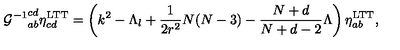
{ { \cal G } ^ { - 1 } } _ { a b } ^ { c d } \eta _ { c d } ^ { \mathrm { L T T } } = \left( k ^ { 2 } - \Lambda _ { l } + \frac { 1 } { 2 r ^ { 2 } } N ( N - 3 ) - \frac { N + d } { N + d - 2 } \Lambda \right) \eta _ { a b } ^ { \mathrm { L T T } } ,